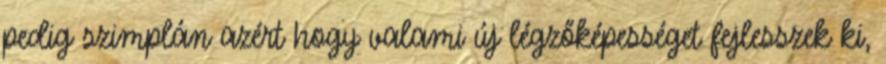
pedig szimplán azért hogy valami új légzőképességet fejlesszek ki,